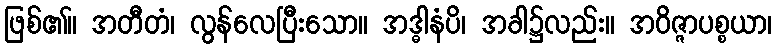
ဖြစ်၏။ အတီတံ၊ လွန်လေပြီးသော။ အဒ္ဓါနံပိ၊ အခါ၌လည်း။ အဝိဇ္ဇာပစ္စယာ၊